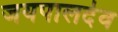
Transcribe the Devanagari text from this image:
जयपालदेव